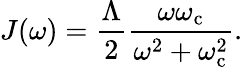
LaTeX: J(\omega)=\frac{\Lambda}{2}\frac{\omega\omega_{\mathrm{c}}}{\omega^{2}+\omega_{\mathrm{c}}^{2}}.